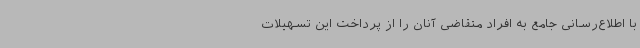
با اطلاع‌رسانی جامع به افراد متقاضی آنان را از پرداخت این تسهیلات